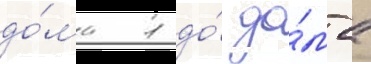
до́ма 1 до́ до́ма